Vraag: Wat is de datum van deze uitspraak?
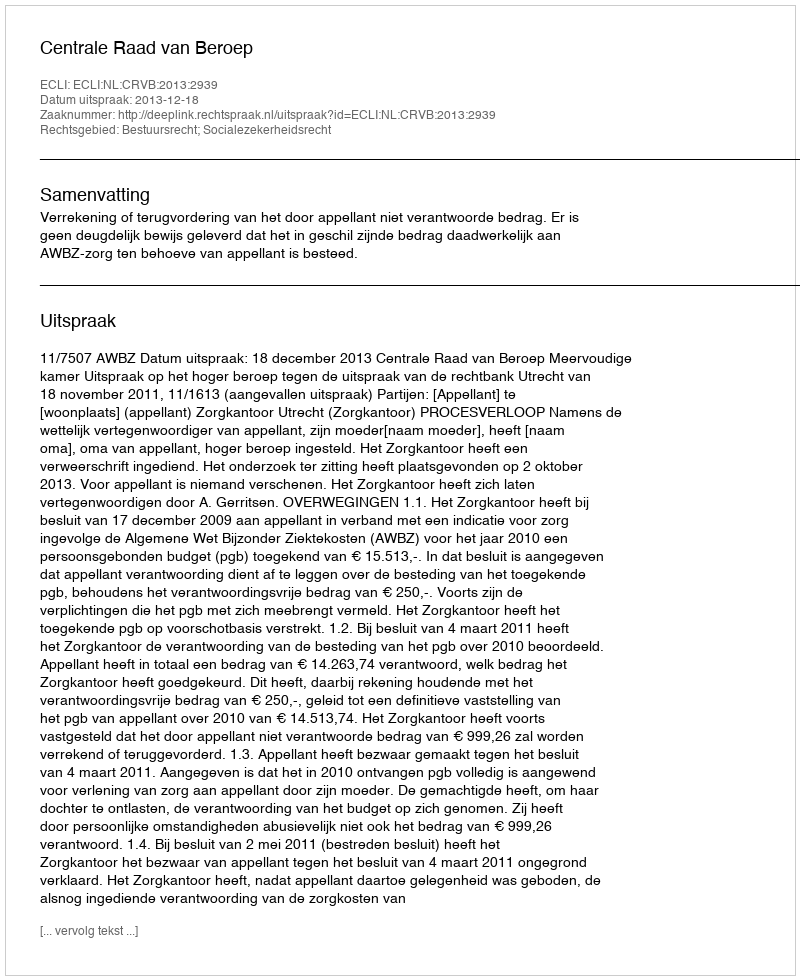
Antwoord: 2013-12-18